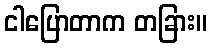
ငါပြောတာက တခြား။